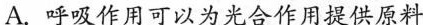
A.呼吸作用可以为光合作用提供原料